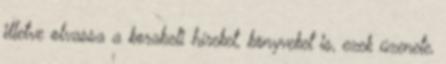
illetve olvassa a korabeli híreket, könyveket is, ezek üzenete,